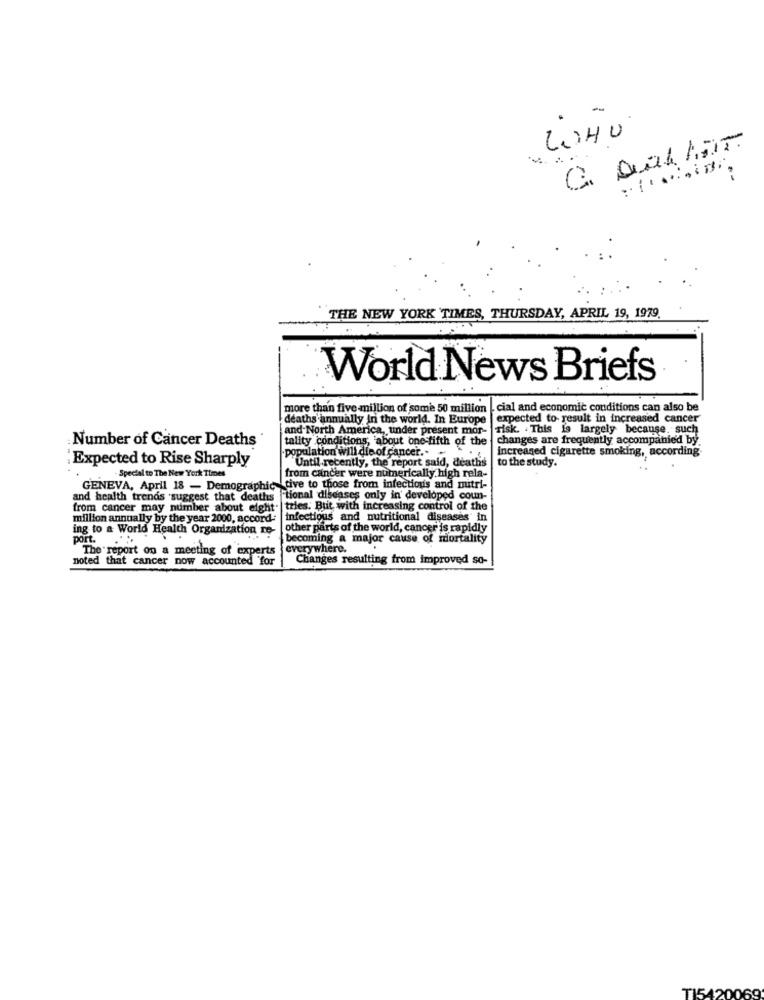
-
LUHU
THE NEW YORK TIMES, THURSDAY, APRIL 19, 1979.
World News Briefs
more than five million of some 50 million
cial and economic conditions can also be
deaths annually in the world. In Europe | expected to- result in increased cancer
and North America, under present mor- |Tisk. . This 19 largely because. such
tality conditions, 'about one-fifth of the
changes are frequently accompanied by
Number of Cancer Deaths
increased cigarette smoking, according
Expected to Rise Sharply
population will die of cancer.
Until recently, the report said, deaths
to the study.
- Special to The New York Times
from cancer were numerically high rela-
GENEVA, April 18 - Demographic tive to those from infectious and nutri-
and health trends suggest that deaths
"tional diseases only in' developed coun-
from cancer may number about eight"
tries. But with increasing control of the
million annually by the year 2000, accord-
infectious and nutritional diseases in
ing to a World Health Organization re-
other parts of the world, cancer is rapidly
port. ...
becoming a major cause of mortality
The report on a meeting of experts
everywhere.
noted that cancer now accounted for
Changes resulting from improved so-
TI5420069